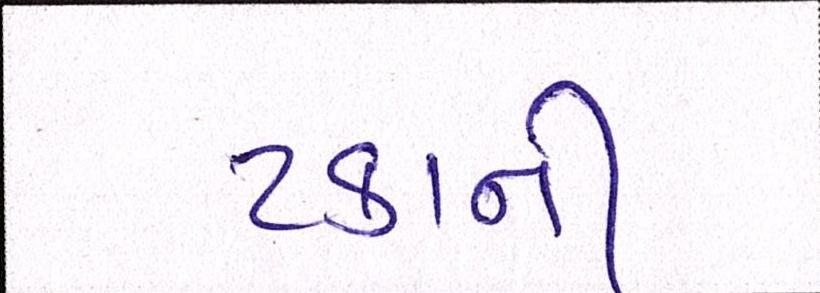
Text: ટકાની